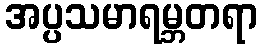
အပ္ပသမာရမ္ဘတရာ